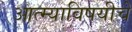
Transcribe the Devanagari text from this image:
आत्म्याविषयीचे